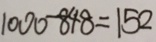
1 0 0 0 - 8 4 8 = 1 5 2